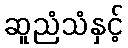
ဆူညံသံနှင့်